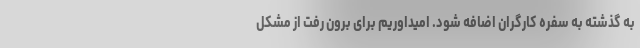
به گذشته به سفره کارگران اضافه شود. امیداوریم برای برون رفت از مشکل